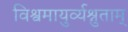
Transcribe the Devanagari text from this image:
विश्वमायुर्व्यश्नुताम्‌